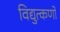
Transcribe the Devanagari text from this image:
विद्युत्कणों